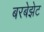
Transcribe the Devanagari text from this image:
बरबेझेट